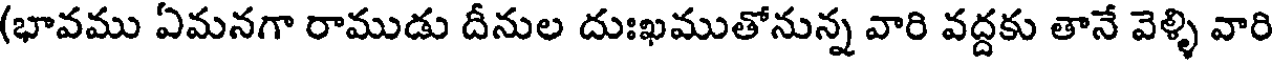
(భావము ఏమనగా రాముడు దీనుల దుఃఖముతోనున్న వారి వద్దకు తానే వెళ్ళి వారి